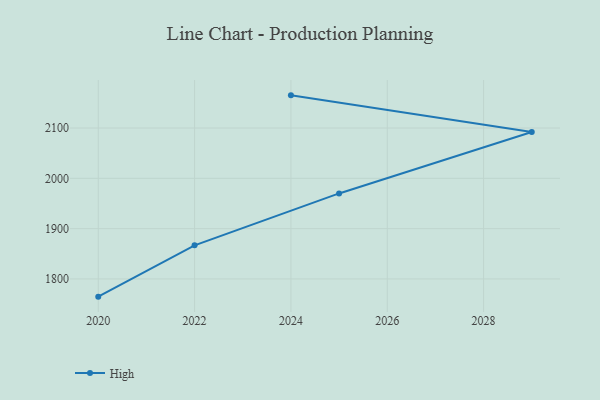
{"axis": {"x": "Year", "y": "Gross Profit (USD K)"}, "legend": ["High"], "data": [{"x": "2024", "y": 2165.0, "type": "High"}, {"x": "2029", "y": 2092.2, "type": "High"}, {"x": "2025", "y": 1970.0, "type": "High"}, {"x": "2022", "y": 1866.8, "type": "High"}, {"x": "2020", "y": 1764.8, "type": "High"}]}